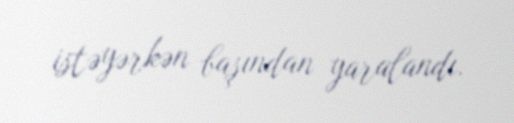
istəyərkən başından yaralandı.